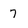
Character: 7